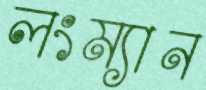
লংম্যান